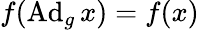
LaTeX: f(\operatorname{Ad}_{g}x)=f(x)